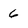
Character: 6